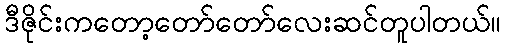
ဒီဇိုင်းကတော့တော်တော်လေးဆင်တူပါတယ်။